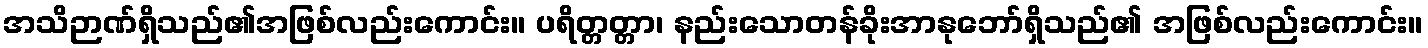
အသိဉာဏ်ရှိသည်၏အဖြစ်လည်းကောင်း။ ပရိတ္တတ္တာ၊ နည်းသောတန်ခိုးအာနုဘော်ရှိသည်၏ အဖြစ်လည်းကောင်း။